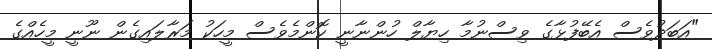
"އަބަދުވެސް އެބޭފުޅާގެ ވިސްނުމާ ހިޔާލް ހުންނާނީ ކޮންމެވެސް މީހަކު މަރާލައިގެން ނޫނީ މީހެއްގެ